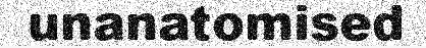
unanatomised